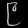
Digit: ၉